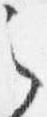
之